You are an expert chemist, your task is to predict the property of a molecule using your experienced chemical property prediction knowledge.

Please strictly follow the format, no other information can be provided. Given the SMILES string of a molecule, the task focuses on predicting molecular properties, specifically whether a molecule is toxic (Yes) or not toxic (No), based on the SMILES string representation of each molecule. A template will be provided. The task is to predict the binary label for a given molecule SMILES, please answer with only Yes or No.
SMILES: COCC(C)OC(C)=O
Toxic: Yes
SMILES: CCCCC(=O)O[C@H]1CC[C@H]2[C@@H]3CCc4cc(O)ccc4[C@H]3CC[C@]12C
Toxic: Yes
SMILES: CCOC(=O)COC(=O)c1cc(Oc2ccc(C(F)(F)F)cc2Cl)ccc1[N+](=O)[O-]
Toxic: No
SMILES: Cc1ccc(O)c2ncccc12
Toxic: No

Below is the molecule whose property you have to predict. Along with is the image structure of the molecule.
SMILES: CCC[C@@H]1C[C@@H](C(=O)N[C@H]([C@@H](C)O)[C@H]2O[C@H](SC)[C@H](O)[C@@H](O)[C@H]2O)N(C)C1
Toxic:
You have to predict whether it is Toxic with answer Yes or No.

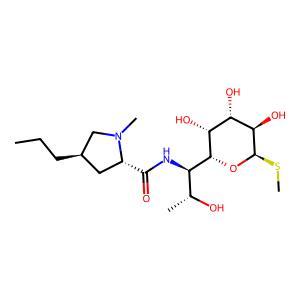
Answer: No